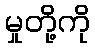
မှုတို့ကို